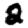
Digit: 2